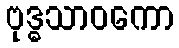
ဗုဒ္ဓသာဝကော